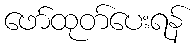
ဖော်ထုတ်ပေးရန်